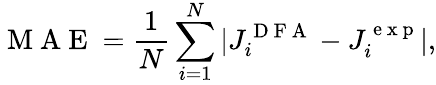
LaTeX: \mathrm{~M~A~E~}=\frac{1}{N}\sum_{i=1}^{N}|J_{i}^{\mathrm{~D~F~A~}}-J_{i}^{\mathrm{~e~x~p~}}|,